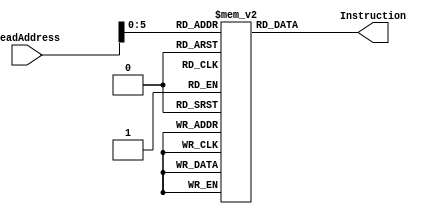
`timescale 1ns / 1ps
//////////////////////////////////////////////////////////////////////////////////
// Company: 
// Engineer: 
// 
// Design Name: 
// Module Name: Registers
// Project Name: 
// Target Devices: 
// Tool Versions: 
// Description: 
// 
// Dependencies: 
// 
// Revision:
// Revision 0.01 - File Created
// Additional Comments:
// 
//////////////////////////////////////////////////////////////////////////////////

//*********************************************************************************
//  This File has been verified to work as intended via IM_TB.v
//  Input: a 64-bit address to read from instruction memory defined in this file
//  Output: The value of the instruction memory at that addresse.
//  As of 11/27/2020 by Jeffrey Blanda
//*********************************************************************************


module InstructionMemory(
input wire [31:0]ReadAddress,
output wire [31:0]Instruction
);
reg[31:0] InstructionMemory[63:0];
initial begin
InstructionMemory[0] = 32'b00000000001000000000000100000000;
InstructionMemory[4] = 32'b10001011000000000000000000000001;
InstructionMemory[8] = 32'b10001010000000000000000000100010;
InstructionMemory[12] = 32'b11001011000000100000000000000011;
InstructionMemory[16] = 32'b00000000100000000000000000000001;
InstructionMemory[20] = 32'b00000000011000000000000000001000;
InstructionMemory[52] = 32'b10101010000000010000000001100100;
InstructionMemory[56] = 32'b00000000010000000000000000101000;
end
assign Instruction = InstructionMemory[ReadAddress[6:0]];
endmodule